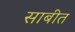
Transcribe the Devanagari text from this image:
साबीत